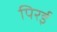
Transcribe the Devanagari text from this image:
पिरई